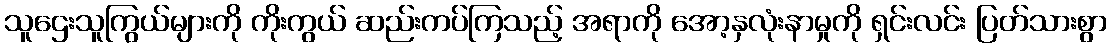
သူဌေးသူကြွယ်များကို ကိုးကွယ် ဆည်းကပ်ကြသည့် အရာကို အော့နှလုံးနာမှုကို ရှင်းလင်း ပြတ်သားစွာ